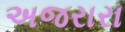
અજરારા